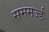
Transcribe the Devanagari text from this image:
सममर्ज्ड